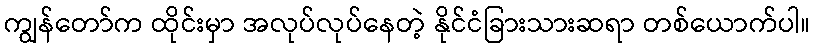
ကျွန်တော်က ထိုင်းမှာ အလုပ်လုပ်နေတဲ့ နိုင်ငံခြားသားဆရာ တစ်ယောက်ပါ။